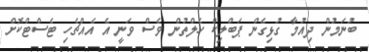
ބުނަމުން ދިއުމާ ގުޅިގެން ޕަބްލިކް ހެލްތުން ވެސް ވަނީ އެ އެއްޗެހި ޓެސްޓްކޮށް